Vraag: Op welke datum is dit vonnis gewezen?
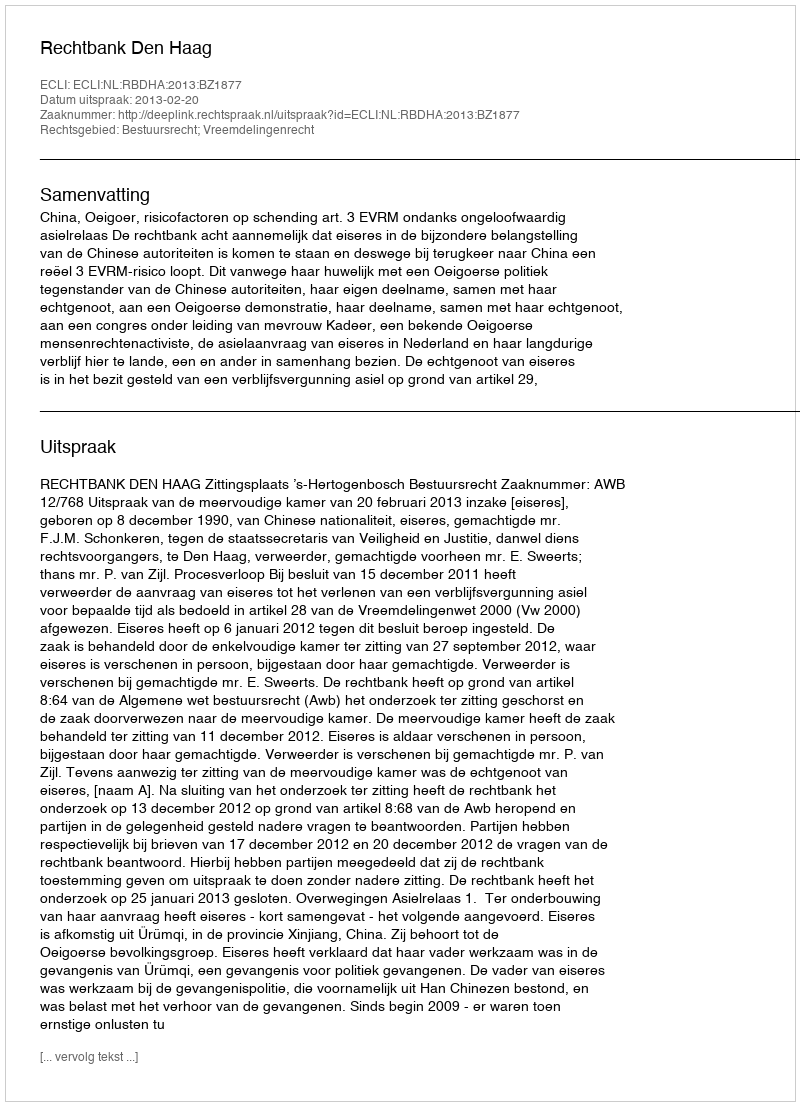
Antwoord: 2013-02-20